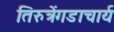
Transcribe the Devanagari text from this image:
तिरुत्रेंगडाचार्य